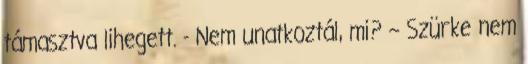
támasztva lihegett. - Nem unatkoztál, mi? – Szürke nem